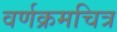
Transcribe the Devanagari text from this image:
वर्णक्रमचित्र